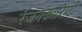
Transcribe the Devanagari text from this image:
रंजनकारिणी